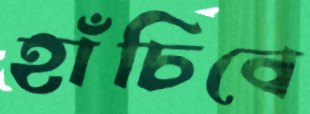
হাঁচিবে